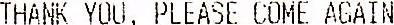
THANK YOU , PLEASE COME AGAIN